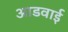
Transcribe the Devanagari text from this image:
आडवाई